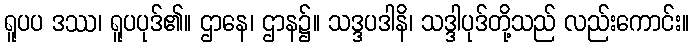
ရူပပ ဒဿ၊ ရူပပုဒ်၏။ ဌာနေ၊ ဌာန၌။ သဒ္ဒပဒါနိ၊ သဒ္ဒါပုဒ်တို့သည် လည်းကောင်း။